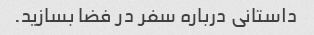
داستانی درباره سفر در فضا بسازید.